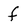
Character: f